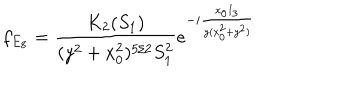
f _ { E _ { 8 } } = \frac { K _ { 2 } ( S _ { 1 } ) } { ( y ^ { 2 } + x _ { 0 } ^ { 2 } ) ^ { 5 / 2 } S _ { 1 } ^ { 2 } } e ^ { - i \frac { x _ { 0 } I _ { 3 } } { y ( x _ { 0 } ^ { 2 } + y ^ { 2 } ) } }